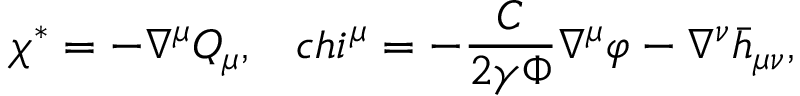
\chi ^ { * } = - \nabla ^ { \mu } Q _ { \mu } , \ \ \, c h i ^ { \mu } = - { \frac { C } { 2 \gamma \Phi } } \nabla ^ { \mu } \varphi - \nabla ^ { \nu } \bar { h } _ { \mu \nu } ,